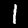
Label: 1